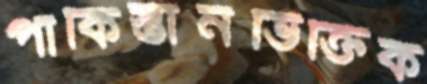
পাকিস্তানভিক্তিক